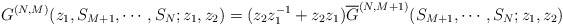
\begin{align*}G^{(N,M)}(z_1,S_{M+1},\cdots,S_N;z_1,z_2)=(z_2z_1^{-1}+z_2z_1){\overline G}^{(N,M+1)}(S_{M+1},\cdots,S_N;z_1,z_2)\end{align*}